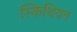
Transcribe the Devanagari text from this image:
स्किथियन